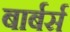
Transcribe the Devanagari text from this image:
बार्बर्स